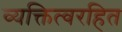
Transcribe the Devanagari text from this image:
व्यक्तित्वरहित